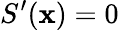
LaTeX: S^{\prime}(\mathbf{x})=0